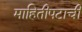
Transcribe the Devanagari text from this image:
माहितीपटाची